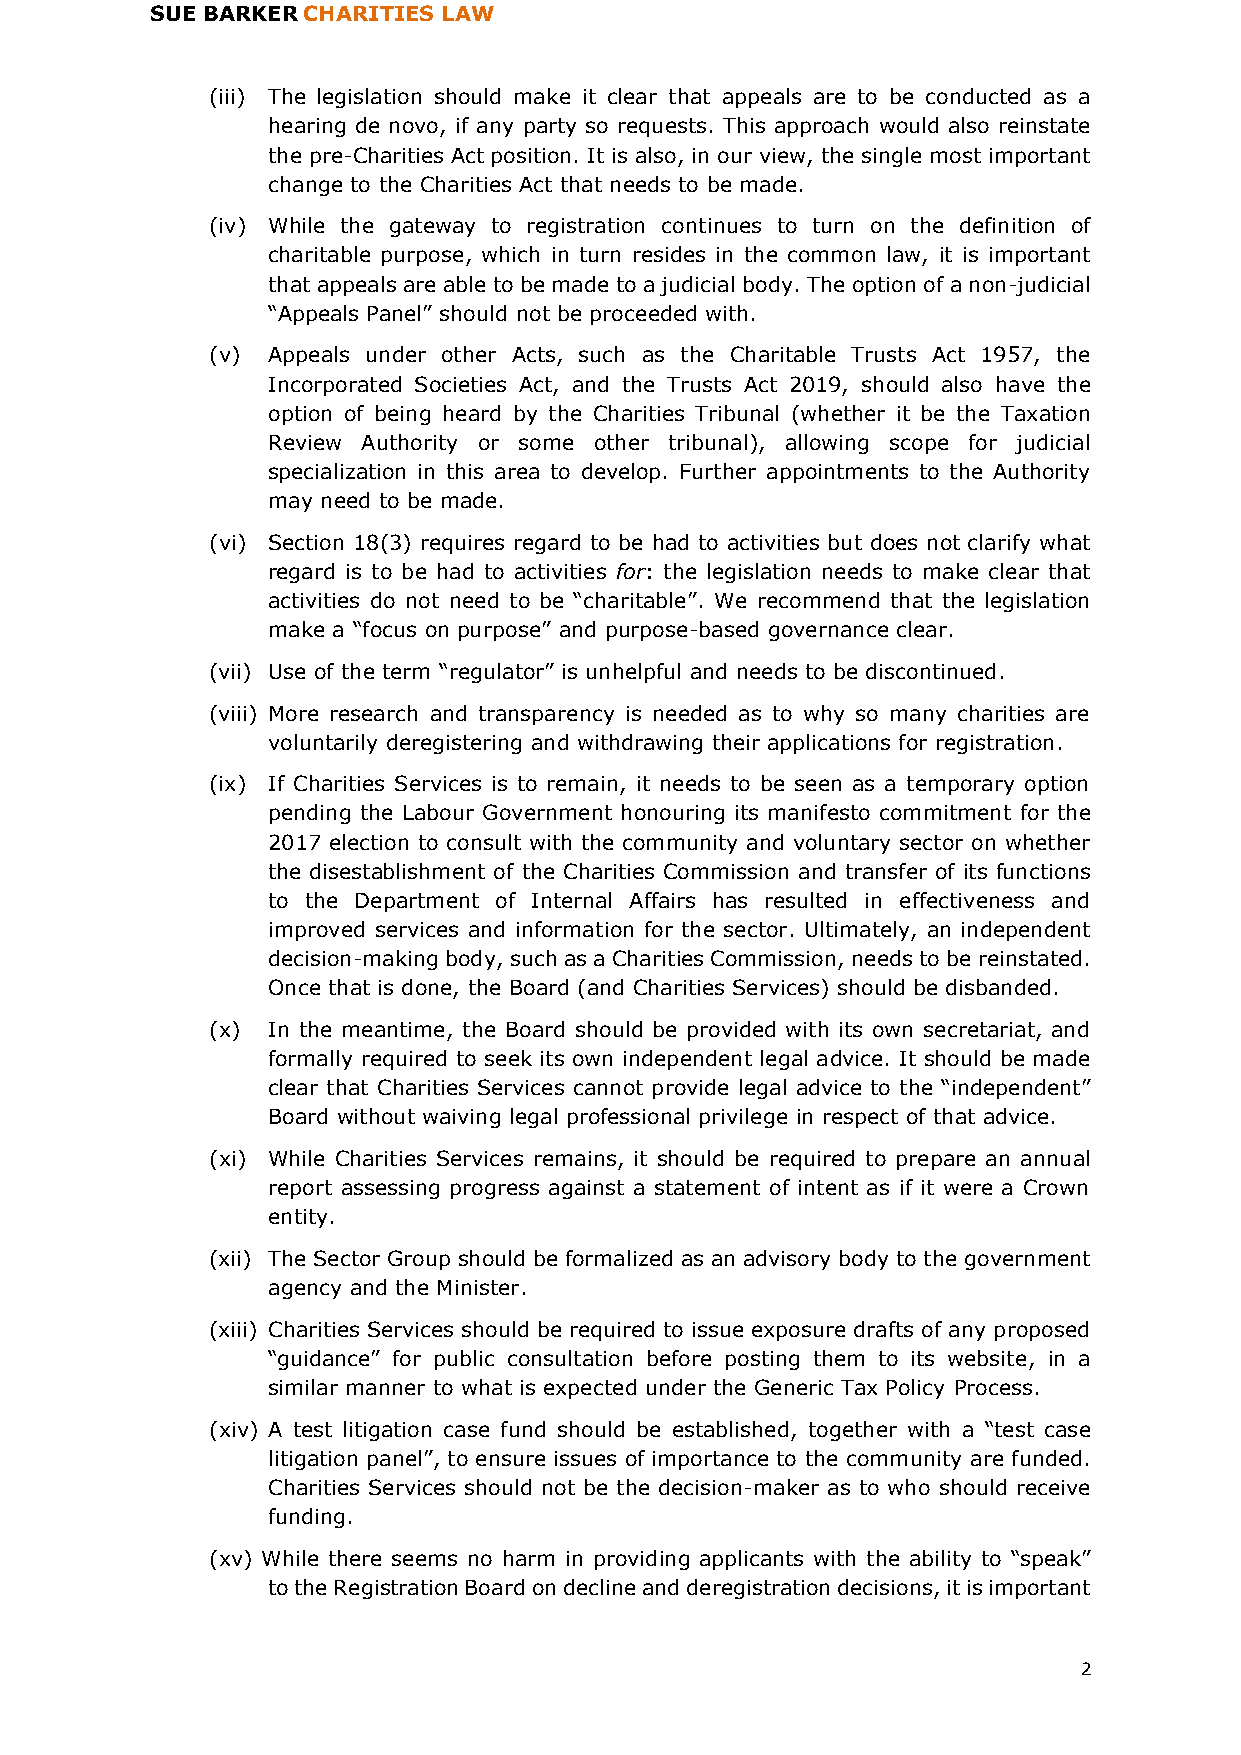
SUE BARKER CHARITIES LAW
 (iii) The legislation should make it clear that appeals are to be conducted as a
 hearing de novo, if any party so requests. This approach would also reinstate
 the pre-Charities Act position. It is also, in our view, the single most important
 change to the Charities Act that needs to be made.
 (iv) While the gateway to registration continues to turn on the definition of
 charitable purpose, which in turn resides in the common law, it is important
 that appeals are able to be made to a judicial body. The option of a non-judicial
 “Appeals Panel” should not be proceeded with.
 (v) Appeals under other Acts, such as the Charitable Trusts Act 1957, the
 Incorporated Societies Act, and the Trusts Act 2019, should also have the
 option of being heard by the Charities Tribunal (whether it be the Taxation
 Review Authority or some other tribunal), allowing scope for judicial
 specialization in this area to develop. Further appointments to the Authority
 may need to be made.
 (vi) Section 18(3) requires regard to be had to activities but does not clarify what
 regard is to be had to activities for: the legislation needs to make clear that
 activities do not need to be “charitable”. We recommend that the legislation
 make a “focus on purpose” and purpose-based governance clear.
 (vii) Use of the term “regulator” is unhelpful and needs to be discontinued.
 (viii) More research and transparency is needed as to why so many charities are
 voluntarily deregistering and withdrawing their applications for registration.
 (ix) If Charities Services is to remain, it needs to be seen as a temporary option
 pending the Labour Government honouring its manifesto commitment for the
 2017 election to consult with the community and voluntary sector on whether
 the disestablishment of the Charities Commission and transfer of its functions
 to the Department of Internal Affairs has resulted in effectiveness and
 improved services and information for the sector. Ultimately, an independent
 decision-making body, such as a Charities Commission, needs to be reinstated.
 Once that is done, the Board (and Charities Services) should be disbanded.
 (x) In the meantime, the Board should be provided with its own secretariat, and
 formally required to seek its own independent legal advice. It should be made
 clear that Charities Services cannot provide legal advice to the “independent”
 Board without waiving legal professional privilege in respect of that advice.
 (xi) While Charities Services remains, it should be required to prepare an annual
 report assessing progress against a statement of intent as if it were a Crown
 entity.
 (xii) The Sector Group should be formalized as an advisory body to the government
 agency and the Minister.
 (xiii) Charities Services should be required to issue exposure drafts of any proposed
 “guidance” for public consultation before posting them to its website, in a
 similar manner to what is expected under the Generic Tax Policy Process.
 (xiv) A test litigation case fund should be established, together with a “test case
 litigation panel”, to ensure issues of importance to the community are funded.
 Charities Services should not be the decision-maker as to who should receive
 funding.
 (xv) While there seems no harm in providing applicants with the ability to “speak”
 to the Registration Board on decline and deregistration decisions, it is important
 2